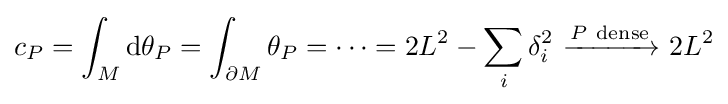
c_{P}=\int _{M}\mathrm {d} \theta _{P}=\int _{\partial M}\theta _{P}=\dots =2L^{2}-\sum _{i}\delta _{i}^{2}\ {\xrightarrow {P\ {\text{dense}}}}\ 2L^{2}